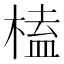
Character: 榼